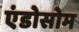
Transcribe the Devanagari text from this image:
एंडोसोम